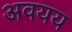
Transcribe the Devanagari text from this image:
अवयय